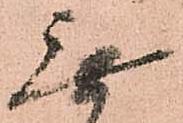
無